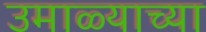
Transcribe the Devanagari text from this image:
उमाळ्याच्या